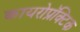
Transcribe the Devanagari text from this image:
कायरोप्रॅक्टिक